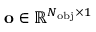
\mathbf { o } \in \mathbb { R } ^ { N _ { \mathrm { { o b j } } } \times 1 }